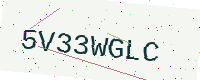
Text: 5V33WGLC